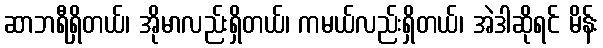
ဆာဘရီရှိတယ်၊ အိုမာလည်းရှိတယ်၊ ကမယ်လည်းရှိတယ်၊ အဲဒါဆိုရင် မိန်း